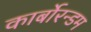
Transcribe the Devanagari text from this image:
कार्बोरन्डम